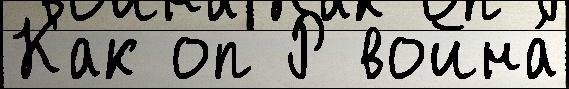
Как оп Р война́